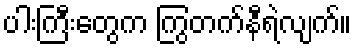
ပါးကြီးတွေက ကြွတက်နီရဲလျက်။